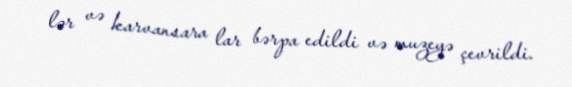
lər və karvansara lar bərpa edildi və muzeyə çevrildi.